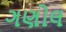
ગણોલ